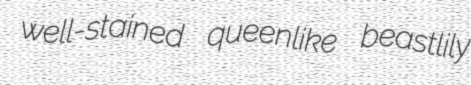
well-stained queenlike beastlily